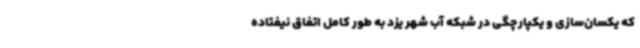
که یکسان‌سازی و یکپارچگی در شبکه آب شهر یزد به طور کامل اتفاق نیفتاده